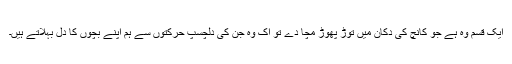
ایک قسم وہ ہے جو کانچ کی دکان میں توڑ پھوڑ مچا دے تو اک وہ جن کی دلچسپ حرکتوں سے ہم اپنے بچوں کا دل بہلاتے ہیں۔